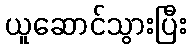
ယူဆောင်သွားပြီး